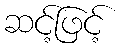
ဆင့်ဖြင့်